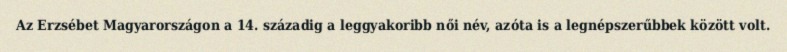
Az Erzsébet Magyarországon a 14. századig a leggyakoribb női név, azóta is a legnépszerűbbek között volt.